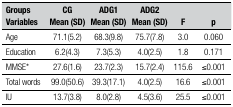
<table><thead><tr><td><b>GroupsVariables</b></td><td><b>CG Mean (SD)</b></td><td><b>ADG1Mean (SD)</b></td><td><b>ADG2Mean (SD)</b></td><td><b>F</b></td><td><b>p</b></td></tr></thead><tbody><tr><td>Age</td><td>71.1(5.2)</td><td>68.3(9.8)</td><td>75.7(7.8)</td><td>3.0</td><td>0.060</td></tr><tr><td>Education</td><td>6.2(4.3)</td><td>7.3(5.3)</td><td>4.0(2.5)</td><td>1.8</td><td>0.171</td></tr><tr><td>MMSE*</td><td>27.6(1.6)</td><td>23.7(2.3)</td><td>15.7(2.4)</td><td>115.6</td><td>£0.001</td></tr><tr><td>Total words</td><td>99.0(50.6)</td><td>39.3(17.1)</td><td>4.0(2.5)</td><td>16.6</td><td>£0.001</td></tr><tr><td>IU</td><td>13.7(3.8)</td><td>8.0(2.8)</td><td>4.5(3.6)</td><td>25.5</td><td>£0.001</td></tr></tbody></table>